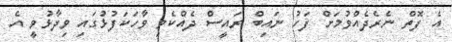
އެ ފޮތް ނެރެދެއްވުމަށް ފަހު ނައިބް ރައީސް ދެއްކެވި ވާހަކަފުޅުގައި ވިދާޅުވީ އެ